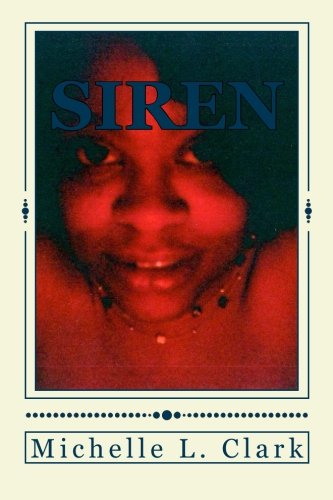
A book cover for Siren; Michelle L. Clark; Literature & Fiction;